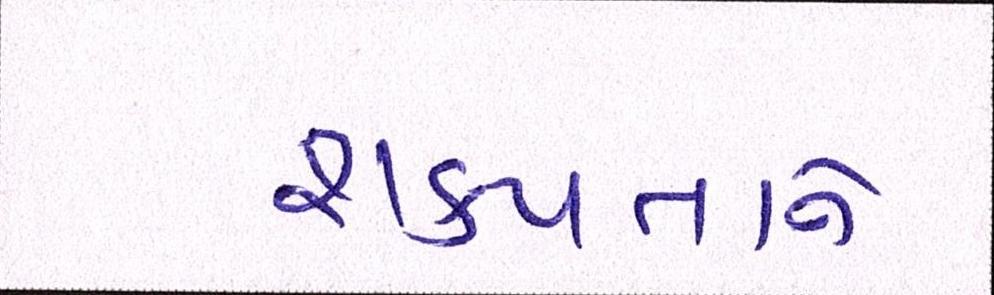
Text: શક્યતાને